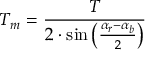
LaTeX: T _ { m } = { \frac { T } { 2 \cdot \sin \left( { \frac { \alpha _ { r } - \alpha _ { b } } { 2 } } \right) } }